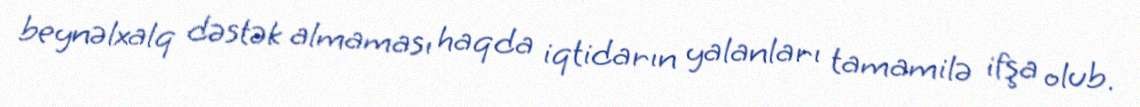
beynəlxalq dəstək almaması haqda iqtidarın yalanları tamamilə ifşa olub.